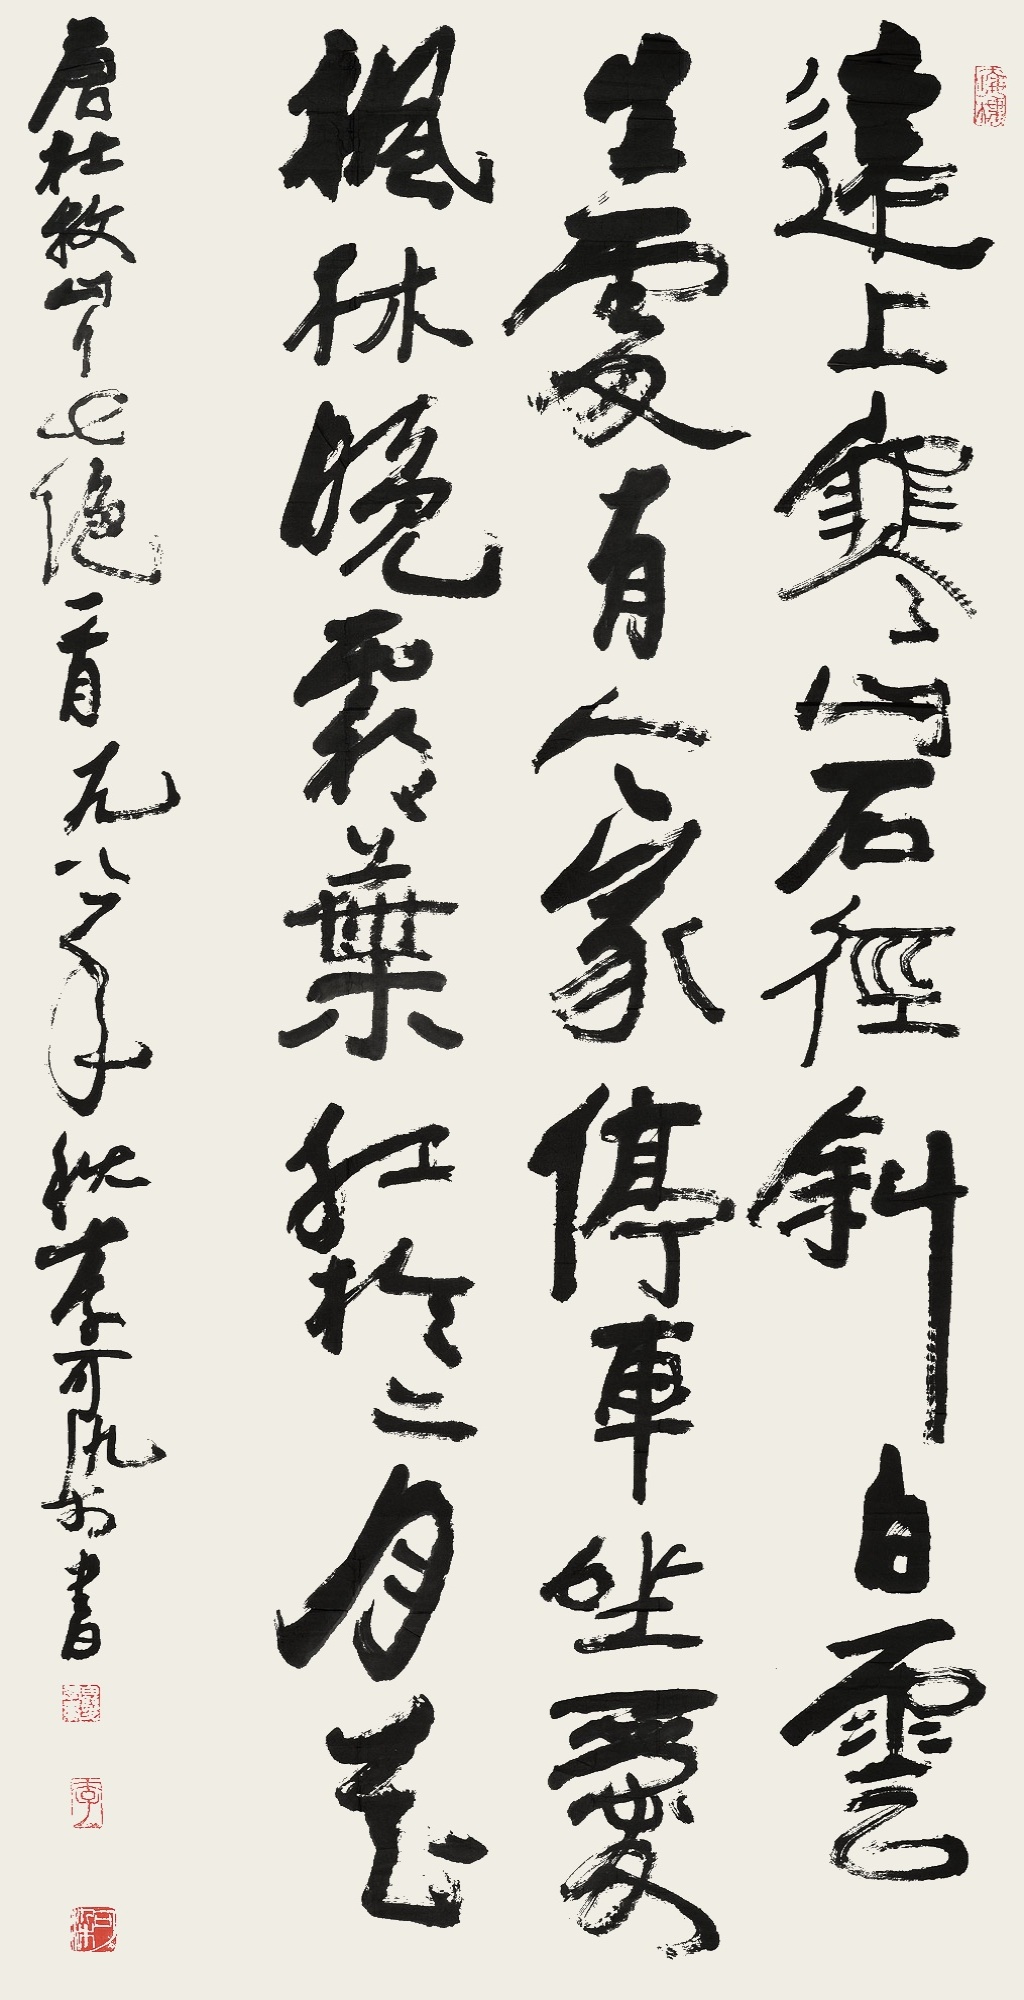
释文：远上寒山石径斜，白云生处有人家。停车坐爱枫林晚，霜叶红于二月花。唐杜牧山行七绝一首。一九八一年秋，李可染书。